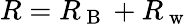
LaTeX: R=R_{\mathrm{~B~}}+R_{\mathrm{~w~}}